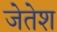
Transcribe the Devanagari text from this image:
जेतेश